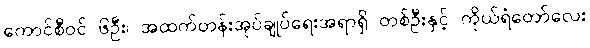
ကောင်စီဝင် ၆ဦး၊ အထက်တန်းအုပ်ချုပ်ရေးအရာရှိ တစ်ဦးနှင့် ကိုယ်ရံတော်လေး